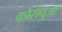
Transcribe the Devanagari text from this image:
कोरांपुजा